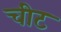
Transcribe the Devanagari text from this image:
चीट